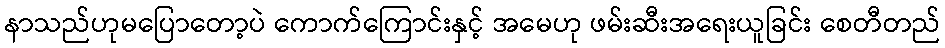
နာသည်ဟုမပြောတော့ပဲ ကောက်ကြောင်းနှင့် အမေဟု ဖမ်းဆီးအရေးယူခြင်း စေတီတည်